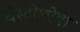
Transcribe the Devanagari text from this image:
चेस्टोशोवा